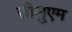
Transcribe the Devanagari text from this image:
सीलुएम